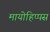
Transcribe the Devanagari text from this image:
मायोहिप्पस